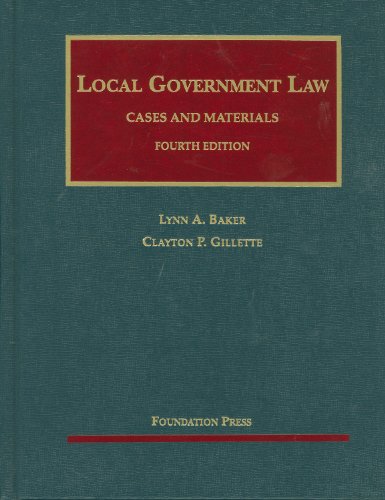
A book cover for Local Government Law, Cases and Materials (University Casebook Series); Lynn Baker; Law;